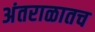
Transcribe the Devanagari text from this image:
अंतराळातच